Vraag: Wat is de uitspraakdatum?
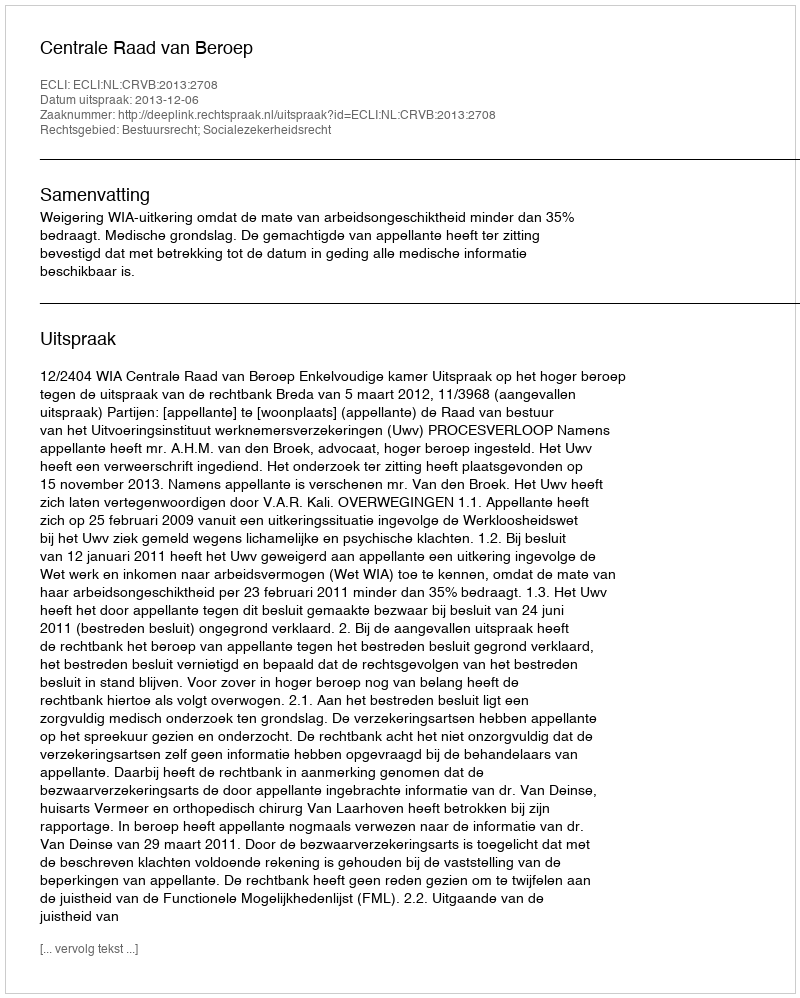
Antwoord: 2013-12-06